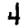
Digit: 4